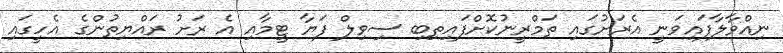
ނިއްވާލާފައިވަނީ އެރަށުގައި ތަމްރީނުކޮށްފައިތިބި ސިވިލް ފަޔާ ޓީމާއި އެ ރަށު ރައްޔިތުންގެ އެހީގައި